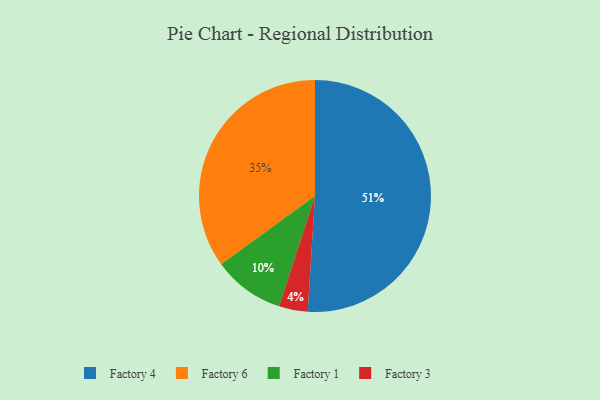
{"axis": {"x": "Category", "y": "Percentage"}, "legend": ["Factory 1", "Factory 3", "Factory 4", "Factory 6"], "data": [{"x": "Factory 3", "y": 4, "type": "Factory 3"}, {"x": "Factory 6", "y": 35, "type": "Factory 6"}, {"x": "Factory 4", "y": 51, "type": "Factory 4"}, {"x": "Factory 1", "y": 10, "type": "Factory 1"}]}